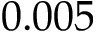
0 . 0 0 5